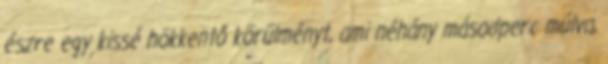
észre egy kissé hökkentő körülményt, ami néhány másodperc múlva,